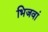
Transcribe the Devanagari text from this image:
भिजवां